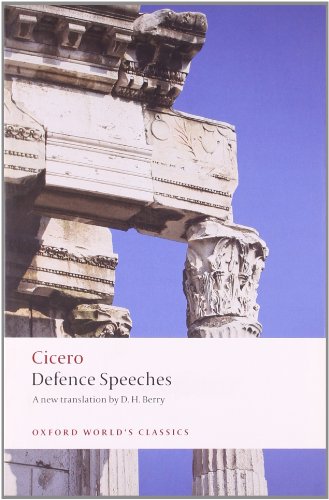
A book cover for Defence Speeches (Oxford World's Classics); Cicero; Literature & Fiction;